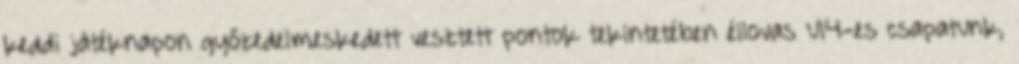
keddi játéknapon győzedelmeskedett vesztett pontok tekintetében éllovas U14-es csapatunk,